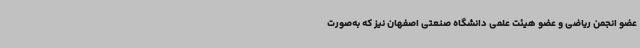
عضو انجمن ریاضی و عضو هیئت علمی دانشگاه صنعتی اصفهان نیز که به‌صورت